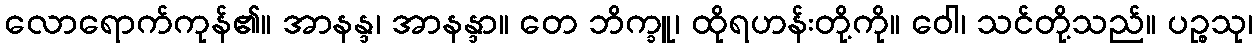
လောရောက်ကုန်၏။ အာနန္ဒ၊ အာနန္ဒာ။ တေ ဘိက္ခူ၊ ထိုရဟန်းတို့ကို။ ဝေါ၊ သင်တို့သည်။ ပဉ္စသု၊